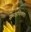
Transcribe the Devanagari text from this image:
समक्षणिकता।